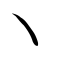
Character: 乀